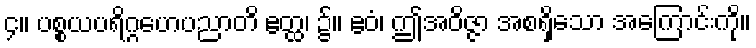
၄။ ပစ္စယပရိဂ္ဂဟေပညာတိ ဧတ္ထ၊ ၌။ ဧဝံ၊ ဤအဝိဇ္ဇာ အစရှိသော အကြောင်းကို။